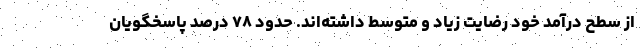
از سطح درآمد خود رضایت زیاد و متوسط داشته‌اند. حدود ۷۸ درصد پاسخگویان